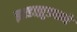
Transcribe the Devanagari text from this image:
झाडाझुडपाने